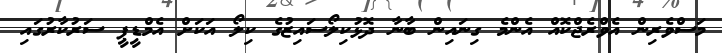
މަސްވެރިން އެވްރެޖްކޮއް އެންމެ ގިނައިން ބާނާ ދޮޅުކިލޯސައިޒުގެ ކިލޯ އަކަށް އެމްޑީޕީ ސަރުކާރުގައި